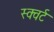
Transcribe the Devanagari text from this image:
स्क्वर्ट